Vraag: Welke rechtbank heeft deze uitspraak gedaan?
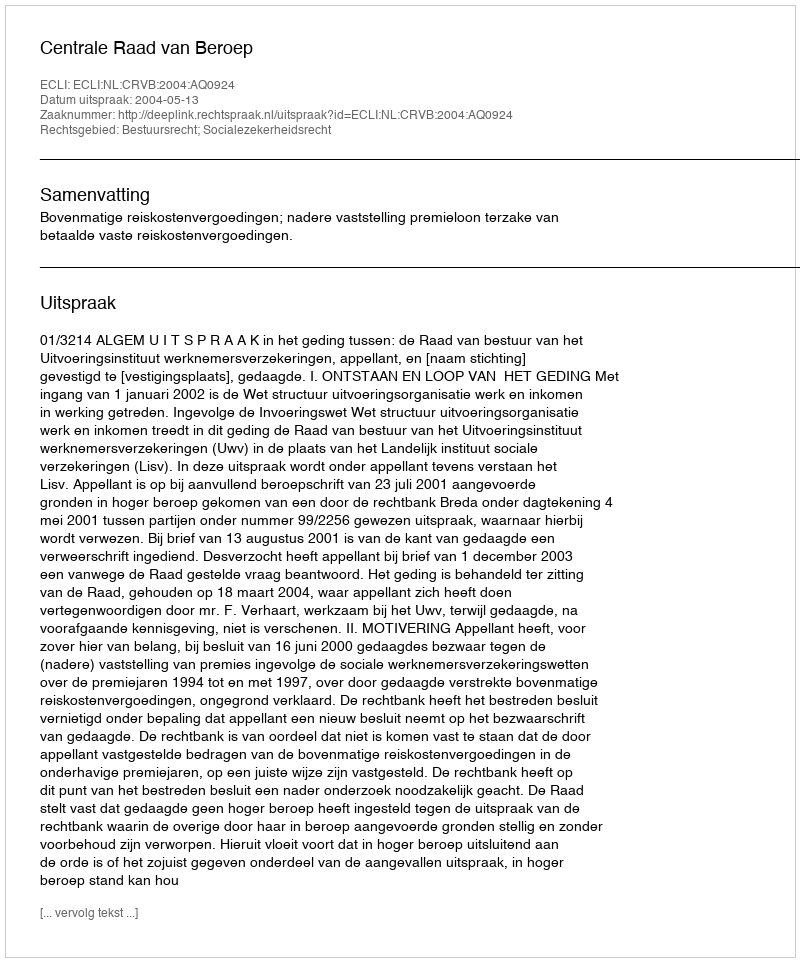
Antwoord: Centrale Raad van Beroep